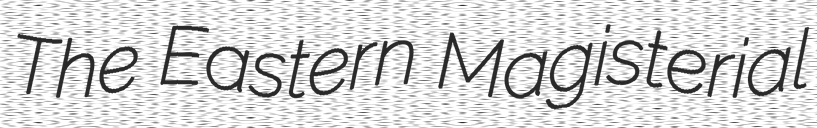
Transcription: The Eastern Magisterial